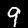
Digit: 9